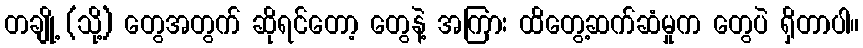
တချို့ (သို့) တွေအတွက် ဆိုရင်တော့ တွေနဲ့ အကြား ထိတွေ့ဆက်ဆံမှုက တွေပဲ ရှိတာပါ။